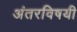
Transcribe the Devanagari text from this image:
अंतरविषयी